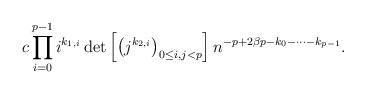
LaTeX: \begin{align*}c \prod_{i=0}^{p-1} i^{k_{1,i}} \det \left[ \left( j^{k_{2,i}} \right)_{0 \le i,j <p} \right] n^{-p+2\beta p-k_{0}-\cdots-k_{p-1}}.\end{align*}